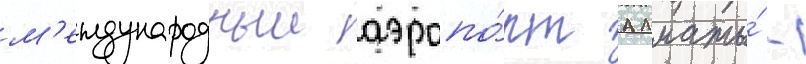
м'еждународныи аэропо́рт алматы́ -